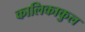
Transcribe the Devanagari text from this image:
कालिकाकुल